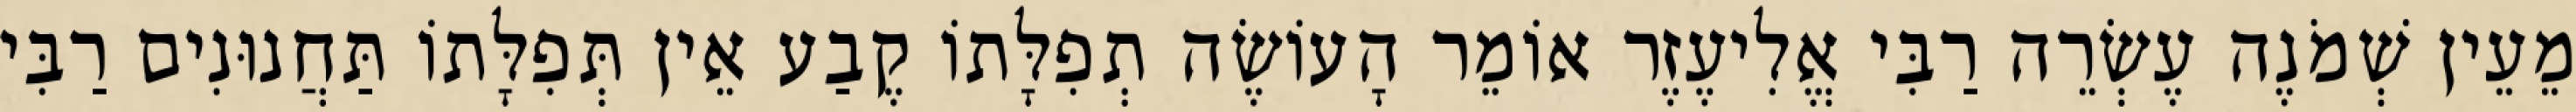
מֵעֵין שְׁמֹנֶה עֶשְׂרֵה רַבִּי אֱלִיעֶזֶר אוֹמֵר הָעוֹשֶׂה תְפִלָּתוֹ קֶבַע אֵין תְּפִלָּתוֹ תַּחֲנוּנִים רַבִּי